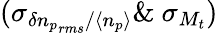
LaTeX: (\sigma_{\delta{n_{p}}_{rms}/\langle n_{p}\rangle}\& \ \sigma_{M_{t}})